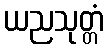
ယညသုတ္တံ